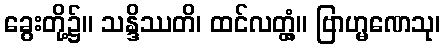
ခွေးတို့၌။ သန္ဒိဿတိ၊ ထင်လတ္တံ့။ ဗြာဟ္မဏေသု၊